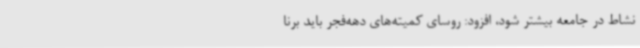
نشاط در جامعه بیشتر شود، افزود: روسای کمیته‌های دهه‌فجر باید برنا